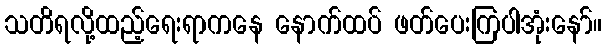
သတိရလို့ထည့်ရေးရာကနေ နောက်ထပ် ဖတ်ပေးကြပါအုံးနော်။